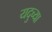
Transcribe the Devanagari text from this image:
यदुच्या